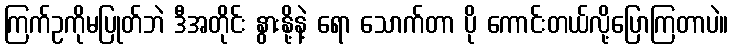
ကြက်ဥကိုမပြုတ်ဘဲ ဒီအတိုင်း နွားနို့နဲ့ ရော သောက်တာ ပို ကောင်းတယ်လို့ပြောကြတာပဲ။